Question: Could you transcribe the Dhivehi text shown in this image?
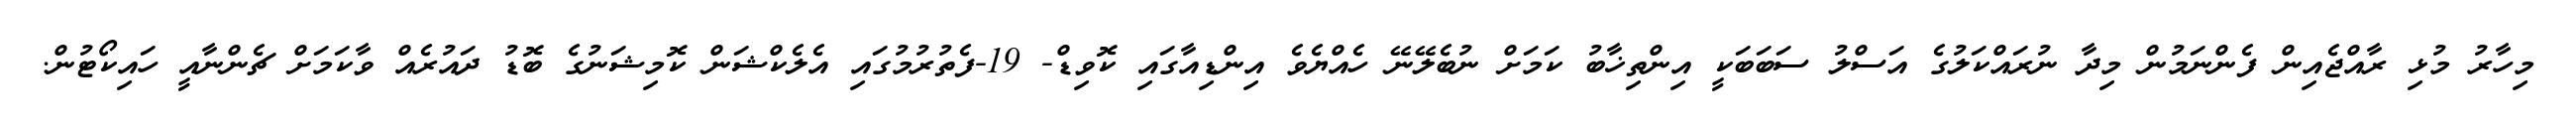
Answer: މިހާރު މުޅި ރާއްޖެއިން ފެންނަމުން މިދާ ނުރައްކަލުގެ އަސްލު ސަބަބަކީ އިންތިޚާބު ކަމަށް ނުބެލޭނޭ ހެއްޔެވެ އިންޑިއާގައި ކޮވިޑް- 19-ފެތުރުމުގައި އެލެކްޝަން ކޮމިޝަނުގެ ބޮޑު ދައުރެއް ވާކަމަށް ޗެންނާއީ ހައިކޯޓުން.